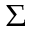
\Sigma